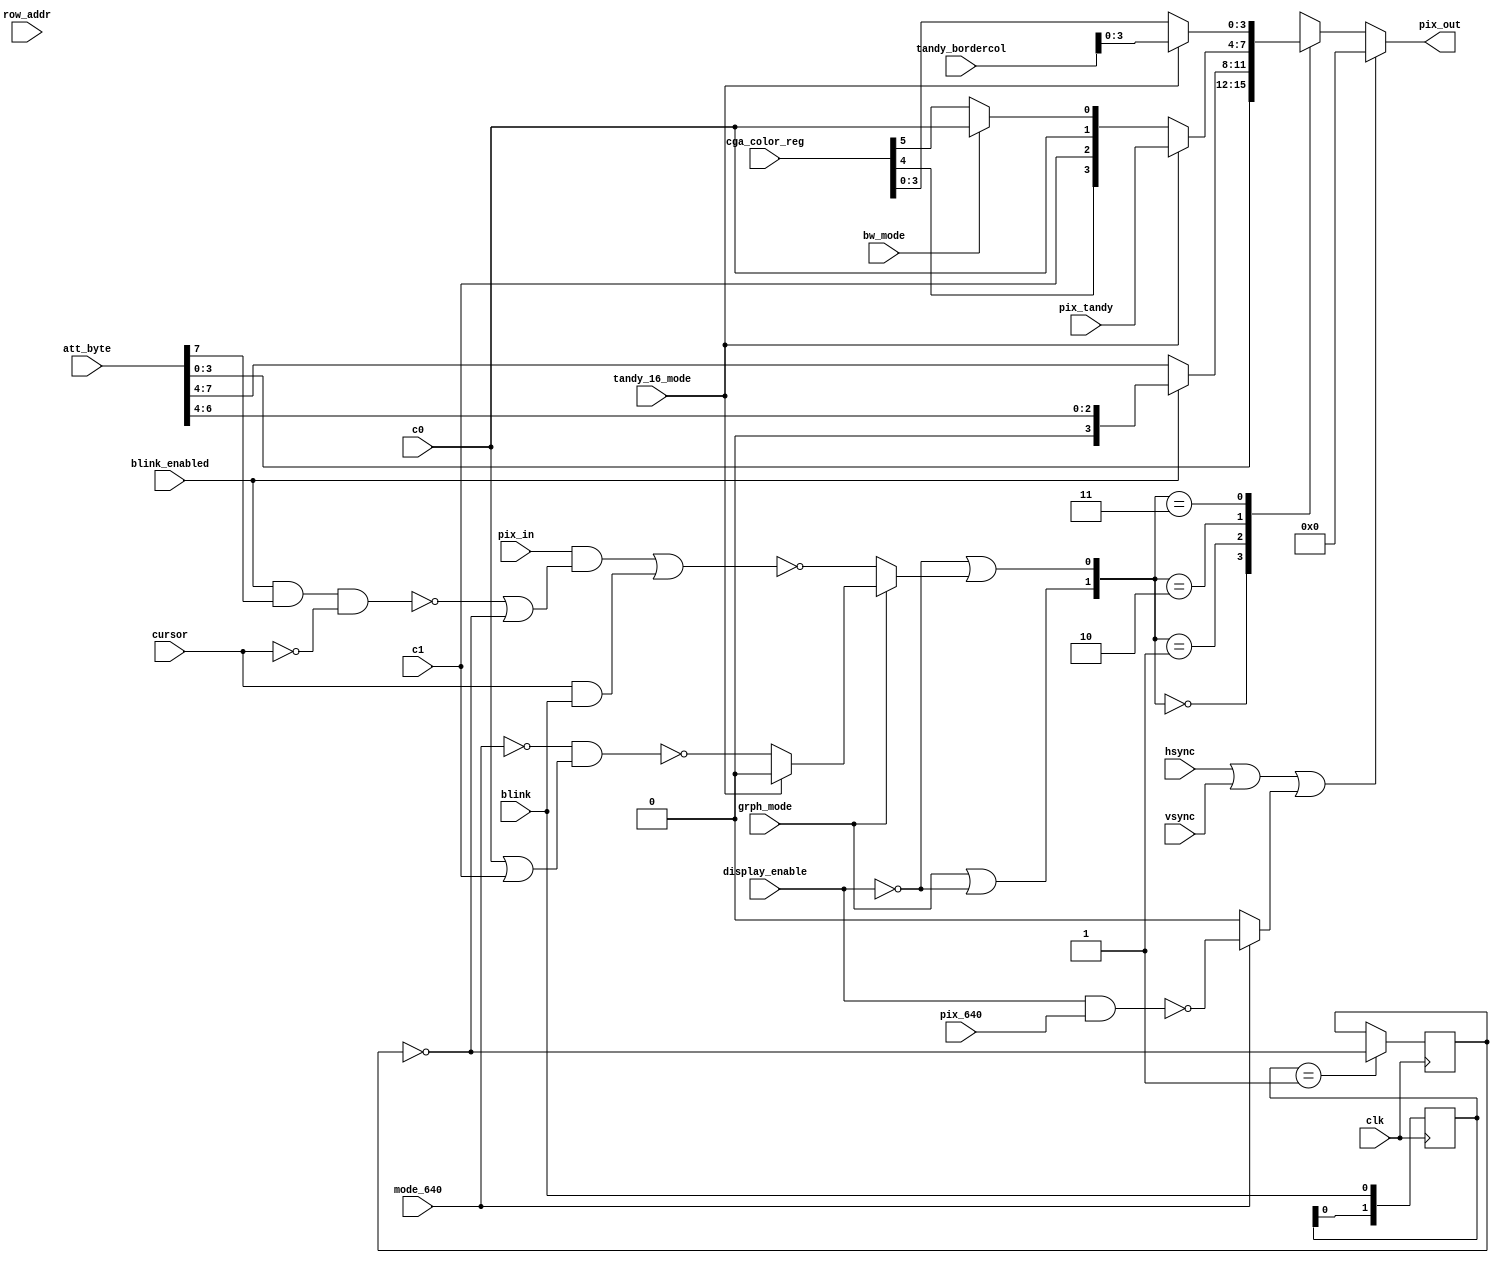
// Graphics Gremlin
//
// Copyright (c) 2021 Eric Schlaepfer
// This work is licensed under the Creative Commons Attribution-ShareAlike 4.0
// International License. To view a copy of this license, visit
// http://creativecommons.org/licenses/by-sa/4.0/ or send a letter to Creative
// Commons, PO Box 1866, Mountain View, CA 94042, USA.
//
`default_nettype none

module cga_attrib(
	input wire clk,
	input		wire	[7:0]			att_byte,
	input		wire	[4:0]			row_addr,
	input		wire	[7:0]			cga_color_reg,
	input		wire					grph_mode,
	input		wire					bw_mode,
	input		wire					mode_640,
	input		wire					tandy_16_mode,
	input		wire					display_enable,
	input		wire					blink_enabled,
	input		wire					blink,
	input		wire					cursor,
	input		wire					hsync,
	input		wire					vsync,
	input		wire					pix_in,
	input		wire					c0,
	input		wire					c1,
	input		wire					pix_640,
	input		wire	[3:0]			pix_tandy,
	input		wire	[4:0]			tandy_bordercol,
	output	reg	[3:0]			pix_out
	);

    reg blinkdiv;
    reg[1:0] blink_old;
    wire att_blink;
    wire[3:0] att_fg;
    wire[3:0] att_bg;
    wire cursorblink;
    wire blink_area;
    wire alpha_dots;
    wire mux_a;
    wire mux_b;
    wire shutter;
    wire selblue;
    wire[3:0] rgbi;
    wire[3:0] active_area;

    // Extract attributes from the attribute byte
    assign att_fg = att_byte[3:0];
    assign att_bg = blink_enabled ? {1'b0, att_byte[6:4]} : att_byte[7:4];
    assign att_blink = att_byte[7];

    // Character blink is half the rate of the cursor blink
    always @ (posedge clk)
    begin
        blink_old <= {blink_old[0], blink};
        if (blink_old == 2'b01) begin
            blinkdiv <= ~blinkdiv;
        end
    end

    // Assemble all the signals to create the final video signal
    assign cursorblink = cursor & blink;
    assign blink_area = ~(blink_enabled & att_blink & ~cursor) | ~blinkdiv;
    assign alpha_dots = (pix_in & blink_area) | cursorblink;

    // Determine mux A and mux B inputs for selecting output colors.
    assign mux_a = ~display_enable |
                   (grph_mode ?
                        (tandy_16_mode ? 0 : (~(~mode_640 & (c0 | c1)))) :
                    ~alpha_dots);
    assign mux_b = grph_mode | ~display_enable;

    // Shutter closes when video is blanked during sync
    assign shutter = (hsync | vsync) | (mode_640 ? ~(display_enable & pix_640) : 1'b0);

    // Blue palette selection bit
    assign selblue = bw_mode ? c0 : cga_color_reg[5];

    assign active_area = tandy_16_mode ? pix_tandy : {cga_color_reg[4], c1, c0, selblue};

    always @ (*)
    begin
        if (shutter) begin
            pix_out <= 4'b0;
        end else begin
            case ({mux_b, mux_a})
                2'b00: pix_out <= att_fg; // Text foreground
                2'b01: pix_out <= att_bg; // Text background
                2'b10: pix_out <= active_area; // Graphics
                2'b11: pix_out <= tandy_16_mode ? tandy_bordercol : cga_color_reg[3:0]; // Overscan color
            endcase
        end
    end

endmodule